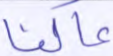
عاكفا